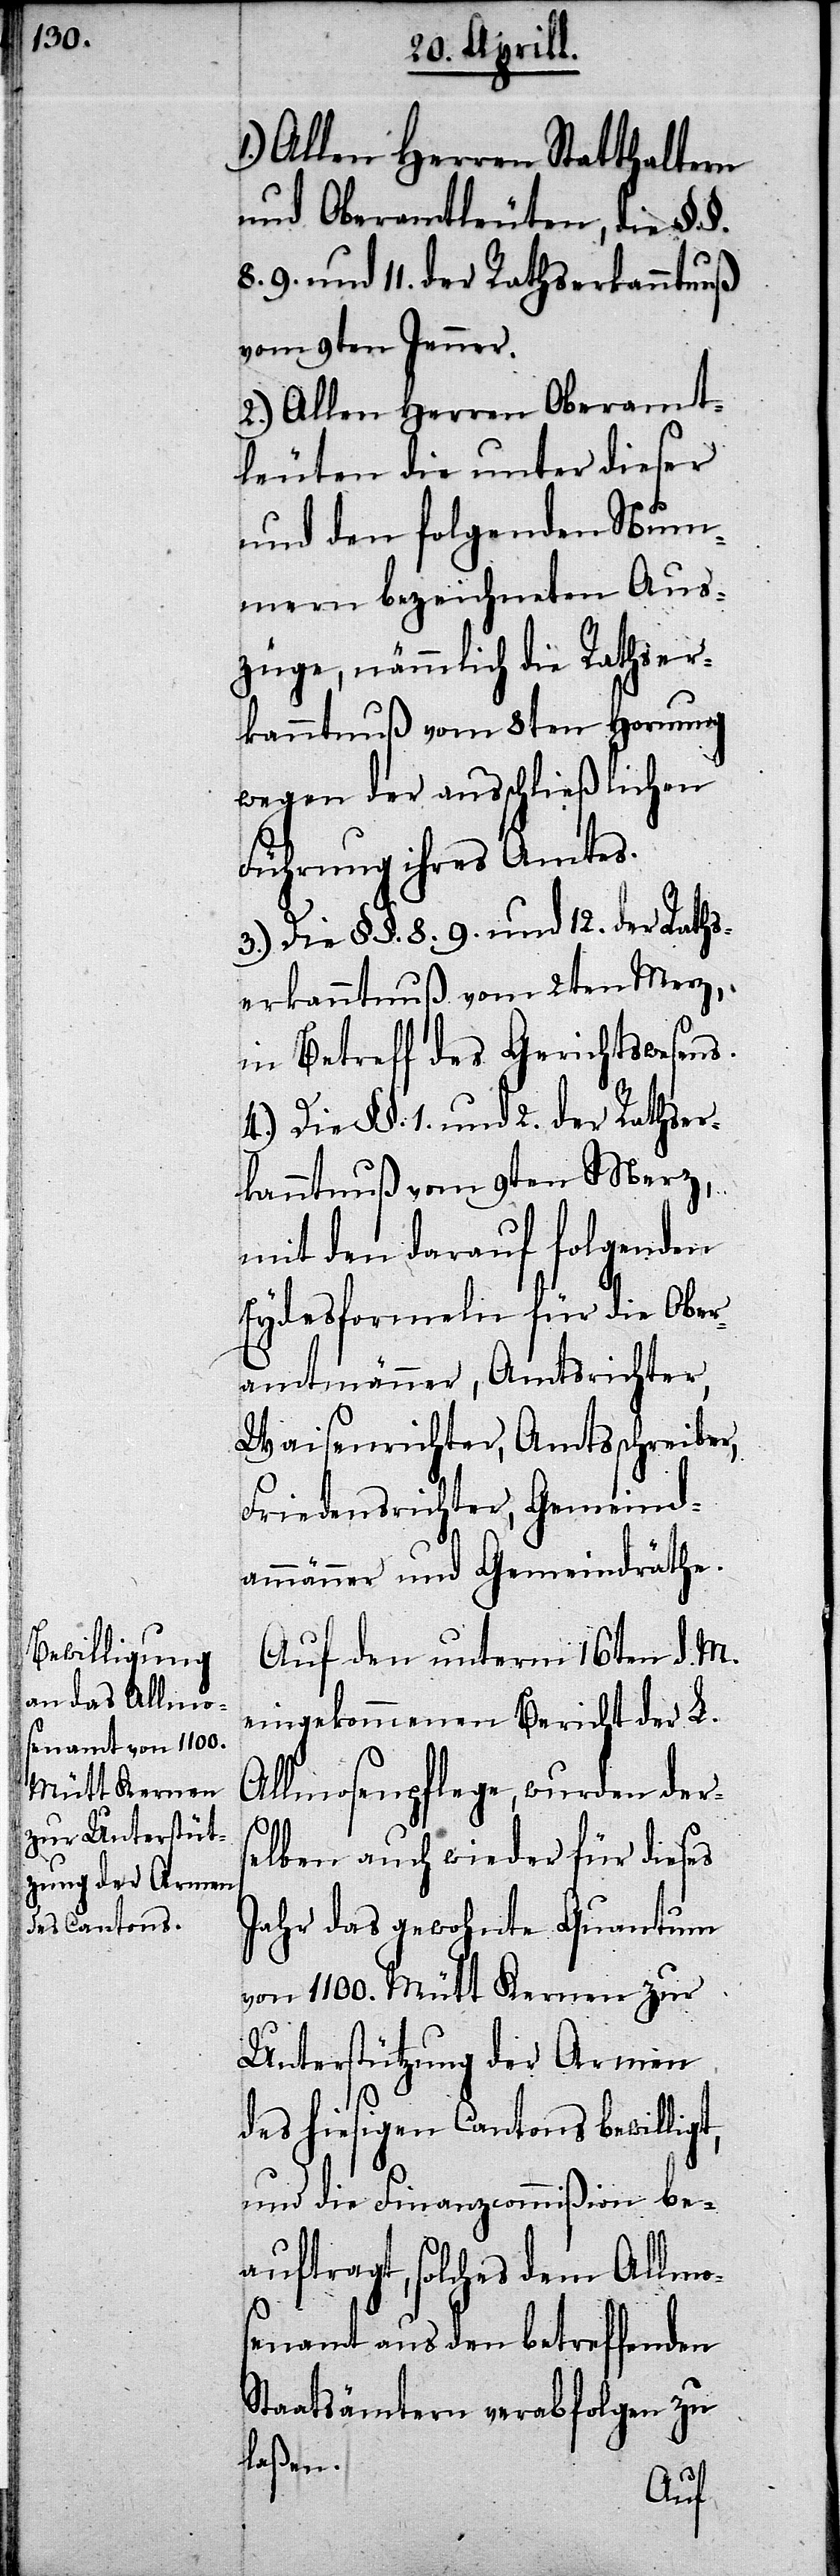
1.) Allen Herren Statthaltern
und Oberamtleuten, die §. §.
8. 9. und 11. der Rathserkanntnuß
vom 9ten Jenner.
2.) Allen Herren Oberamt¬
sleuten die unter dieser
und den folgenden Num¬
mern bezeichneten Aus¬
züge, nämlich die Rathser¬
kanntnuß vom 8ten Hornung
wegen der ausschließlichen
Führung ihres Amtes.
4.) Die §§. 1. und 2. der Raths¬
erkanntnuß vom 9ten Merz,
in Betreff des Gerichtswesens.
mit den darauf folgenden
Eydesformeln für die Ober¬
amtmänner, Amtsrichter,
Waisenrichter, Amtsschreiber,
Friedensrichter, Gemeind¬
ammänner und Gemeindräthe.
Auf den unterm 16ten d. M.
eingekommenen Bericht der L.
Allmosenpflege, wurden ders¬
elben auch wieder für dieses
Jahr das gewohnte Quantum
von 1100. Mütt Kernen zur
Unterstützung der Armen
des hiesigen Cantons bewillig¬
und die Finanzcommißion be¬
auftragt, solches dem Allmo¬
t,
senamt aus den betreffenden
Staatsämtern verabfolgen zu
laßen.